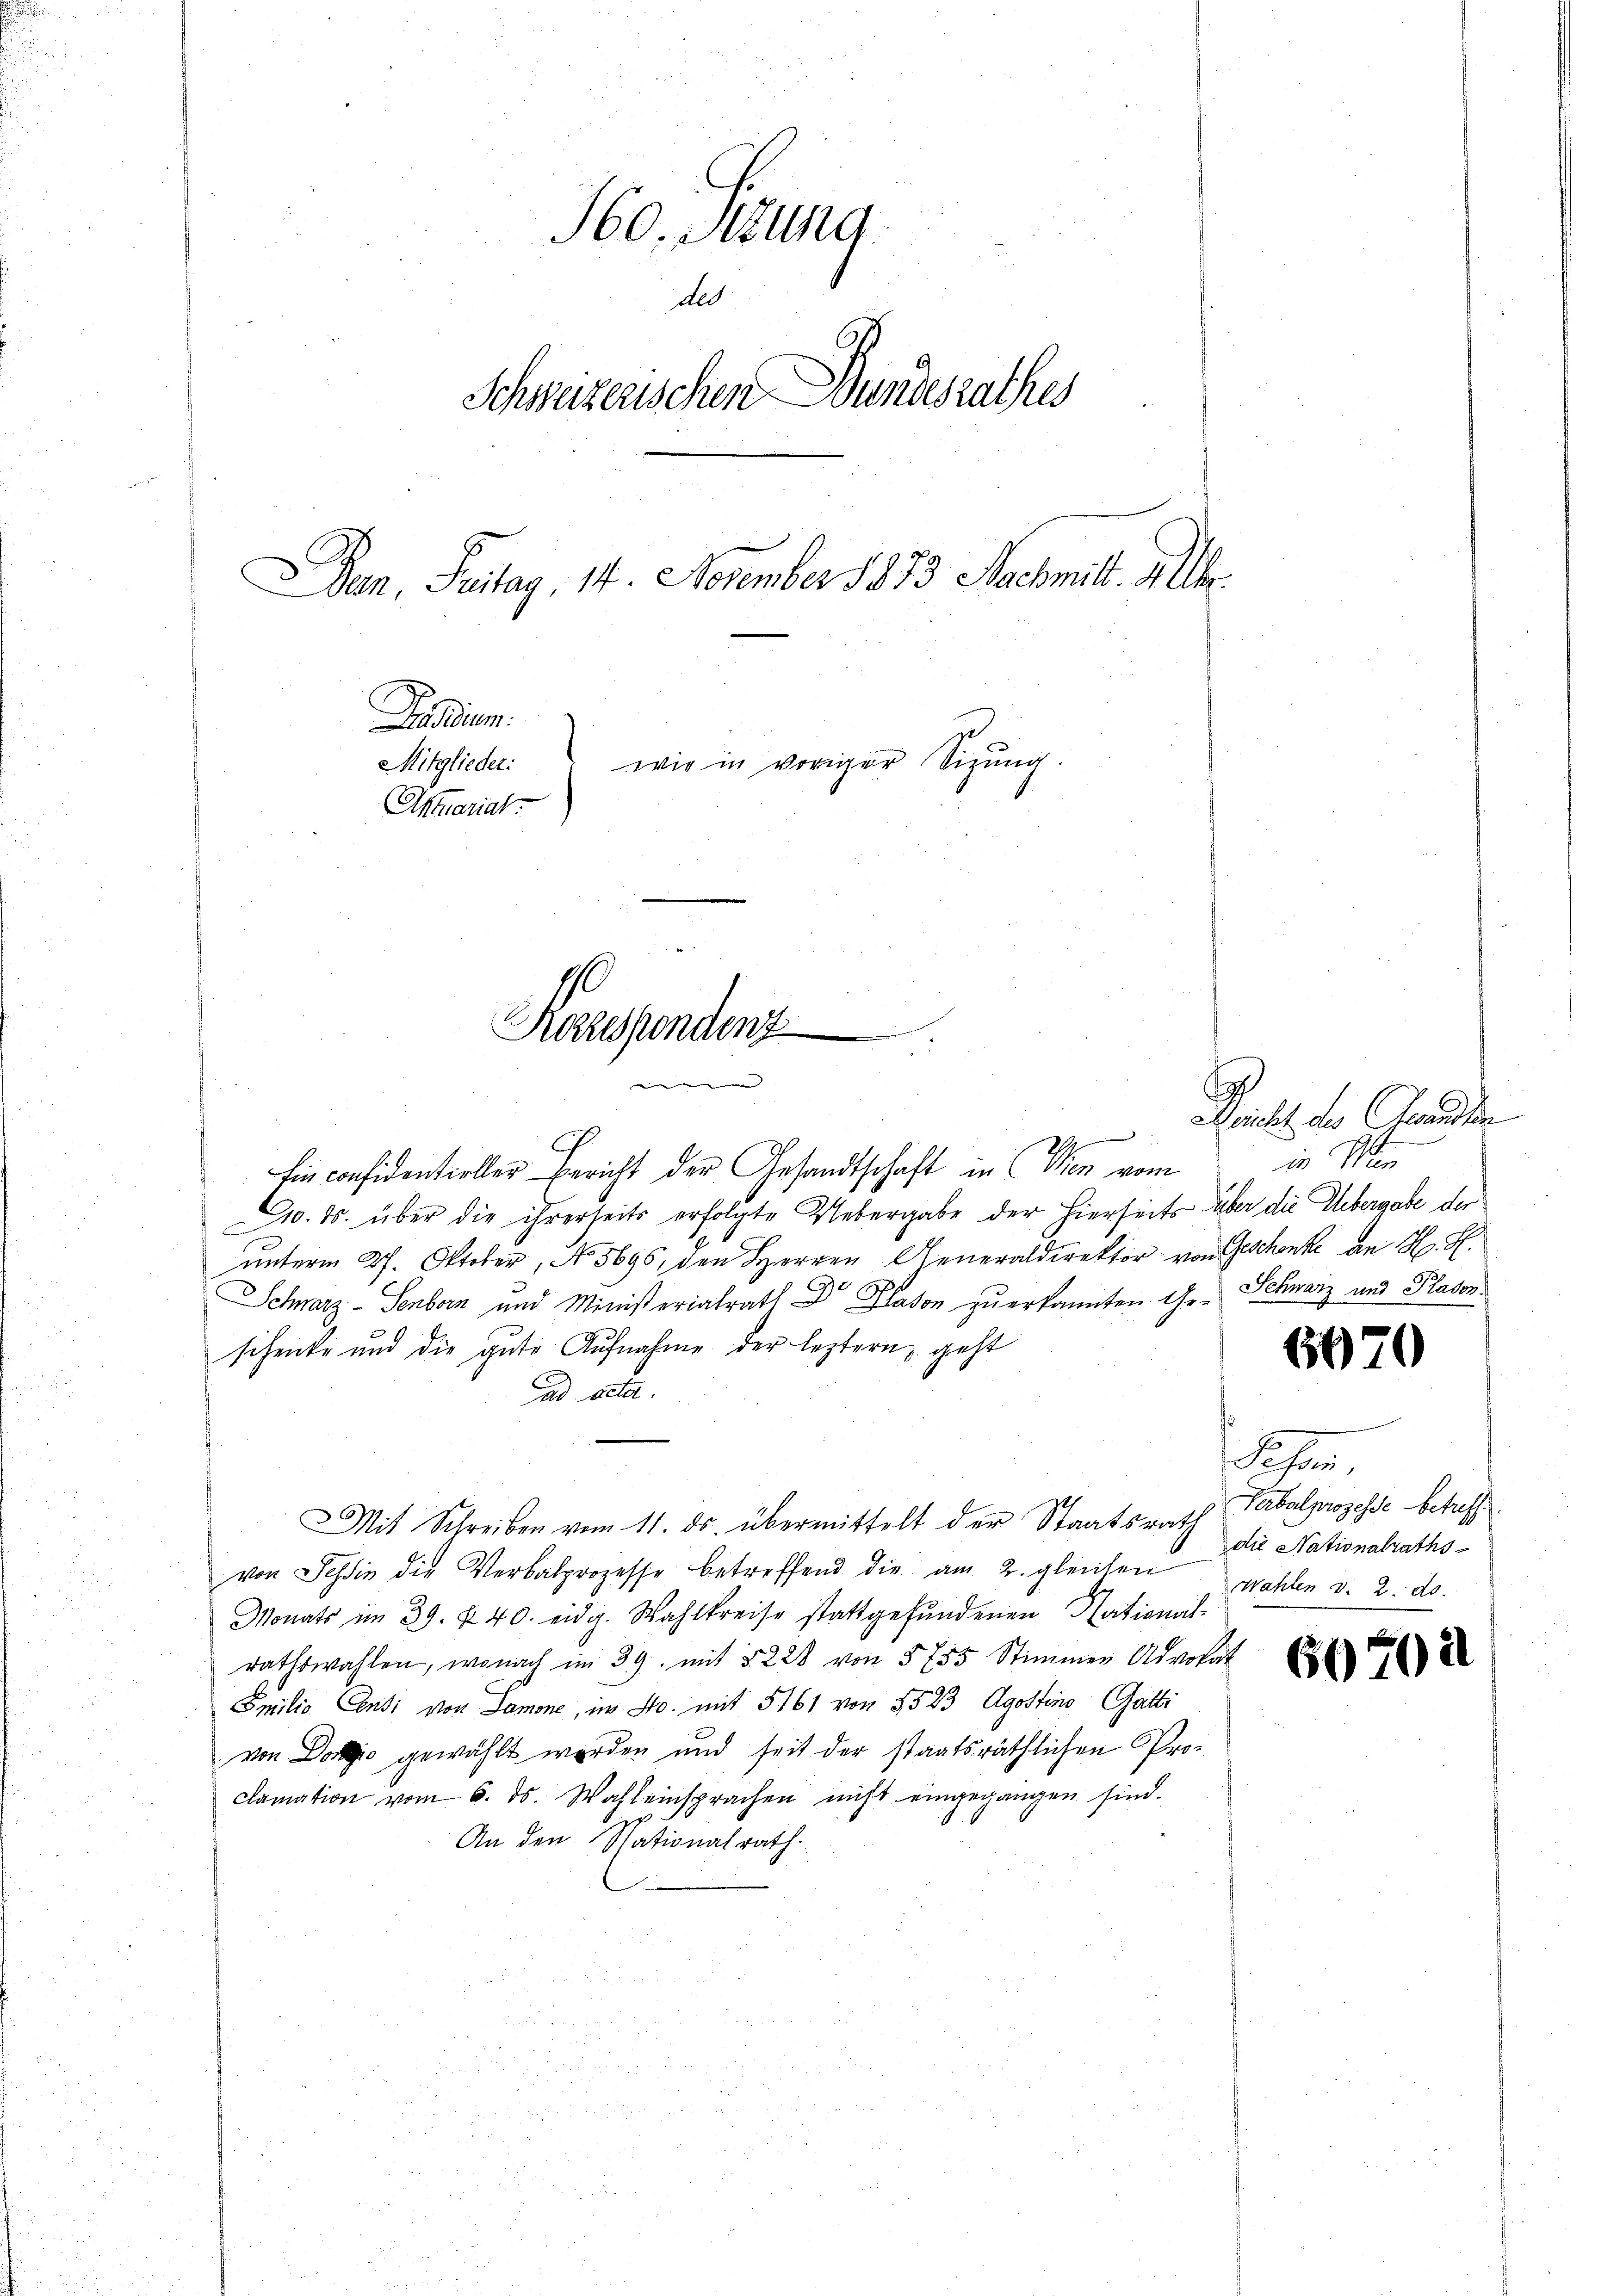
H60. Stund
des
Schweizerischen Bundesrathes
Pan, Feitag, 14. November 1873 Nachmitt. Alle
Foadium.
Mitglieder:
wie in voriger Sitzung.
Atmariat

Kazesendenz
ieen |

Ein confidentieller Bericht der Gesandtschaft in Wien vom
. ds. über die ihrerseits erfolgte Uebergabe der hierseits über die Uebergabe der
unterm 27. Oktober, No. 5696, den Herren Generaldirektor von Geschenke an H. H.
Schwarz - Senborn und Ministerialrath Dr Plan zu erkannten Ge-Schwarz und Plator.
schenke und die gute Aufnahme der leztern, geht
Cad acta.
Mit Schreiben vom 11. ds. übermittelt der Staatsrath
von Schin die Verbalprozesse betreffend die am 2. gleichen wohlen v. 2. ds.
Monats im 39. X. 40. eidg. Wahlkreise stattgefŭndenen National-
rathswahlen, wonach im 39. mit 3228 von 5755 Stimmen Advokat
Smilio Conti von Samone, im No. mit 5161 von 1523 Agostins Gatti
von Dos gewählt werden und seit der staatsräthlichen Proclamation vom 6. ds. Wahl einsprachen nicht eingegangen sind.
An den Nationalrath.

A

Deicht des Gesandten
in Men

6670

ofen,
Perbalprozesse betreff
die Nationalraths

60702